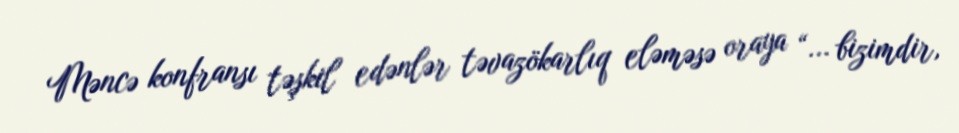
Məncə konfransı təşkil edənlər təvazökarlıq eləməsə oraya “... bizimdir,